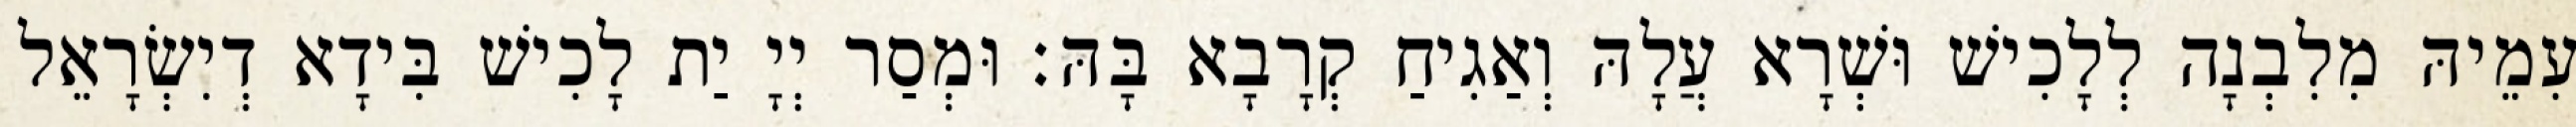
עִמֵיהּ מִלִבְנָה לְלָכִישׁ וּשְׁרָא עֲלָהּ וְאַגִיחַ קְרָבָא בָּהּ׃ וּמְסַר יְיָ יַת לָכִישׁ בִּידָא דְיִשְׂרָאֵל